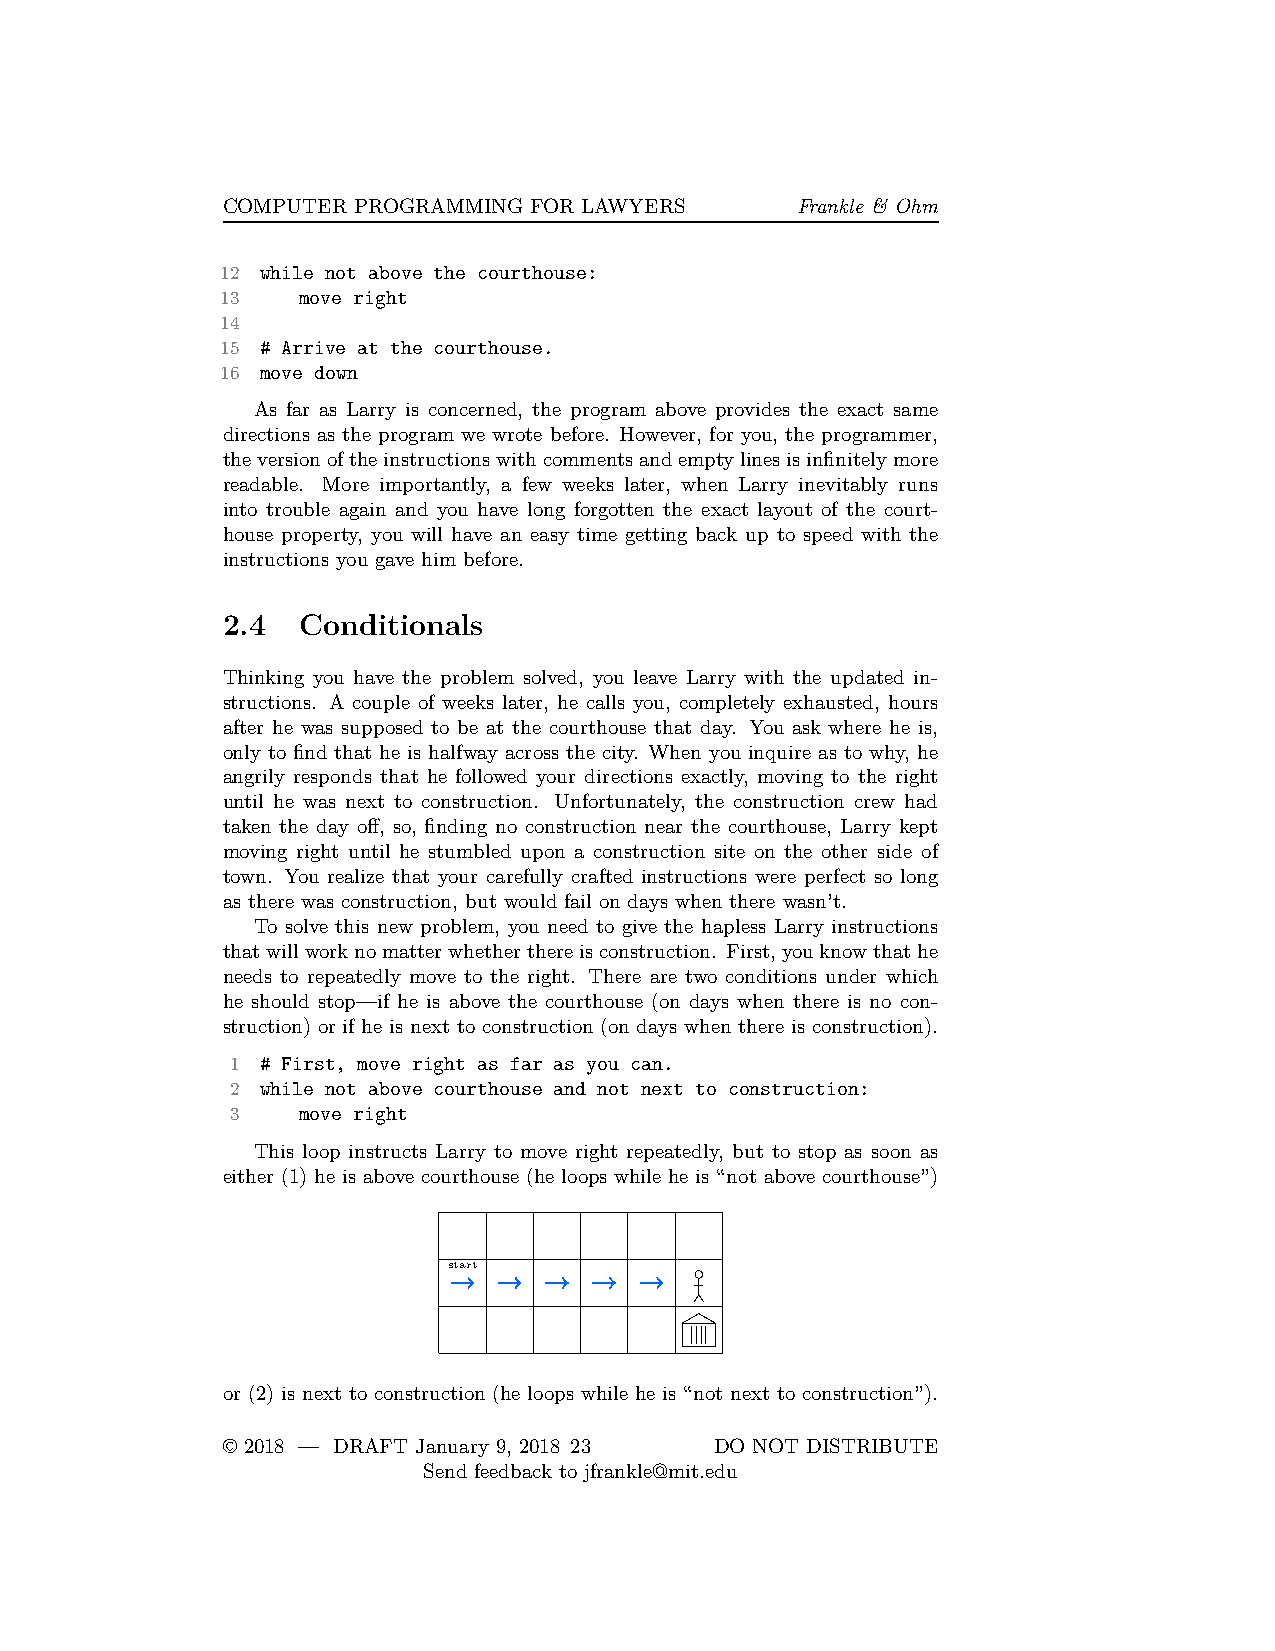
COMPUTER PROGRAMMING FOR LAWYERS      Frankle & Ohm
 12 while not above the courthouse:
 13   move right
 14
 15 # Arrive at the courthouse.
 16 move down
 As far as Larry is concerned, the program above provides the exact same
 directions as the program we wrote before. However, for you, the programmer,
 theversionoftheinstructionswithcommentsandemptylinesisinfinitelymore
 readable. More importantly, a few weeks later, when Larry inevitably runs
 into trouble again and you have long forgotten the exact layout of the court-
 house property, you will have an easy time getting back up to speed with the
 instructions you gave him before.
 2.4  Conditionals
 Thinking you have the problem solved, you leave Larry with the updated in-
 structions. A couple of weeks later, he calls you, completely exhausted, hours
 after he was supposed to be at the courthouse that day. You ask where he is,
 only to find that he is halfway across the city. When you inquire as to why, he
 angrily responds that he followed your directions exactly, moving to the right
 until he was next to construction. Unfortunately, the construction crew had
 taken the day off, so, finding no construction near the courthouse, Larry kept
 moving right until he stumbled upon a construction site on the other side of
 town. You realize that your carefully crafted instructions were perfect so long
 as there was construction, but would fail on days when there wasn’t.
 To solve this new problem, you need to give the hapless Larry instructions
 thatwillworknomatterwhetherthereisconstruction. First,youknowthathe
 needs to repeatedly move to the right. There are two conditions under which
 he should stop—if he is above the courthouse (on days when there is no con-
 struction) or if he is next to construction (on days when there is construction).
 1 # First, move right as far as you can.
 2 while not above courthouse and not next to construction:
 3    move right
 This loop instructs Larry to move right repeatedly, but to stop as soon as
 either (1) he is above courthouse (he loops while he is “not above courthouse”)
 start
 or (2) is next to construction (he loops while he is “not next to construction”).
 © 2018 — DRAFT January 9, 2018 23 DO NOT DISTRIBUTE
 Send feedback to jfrankle@mit.edu